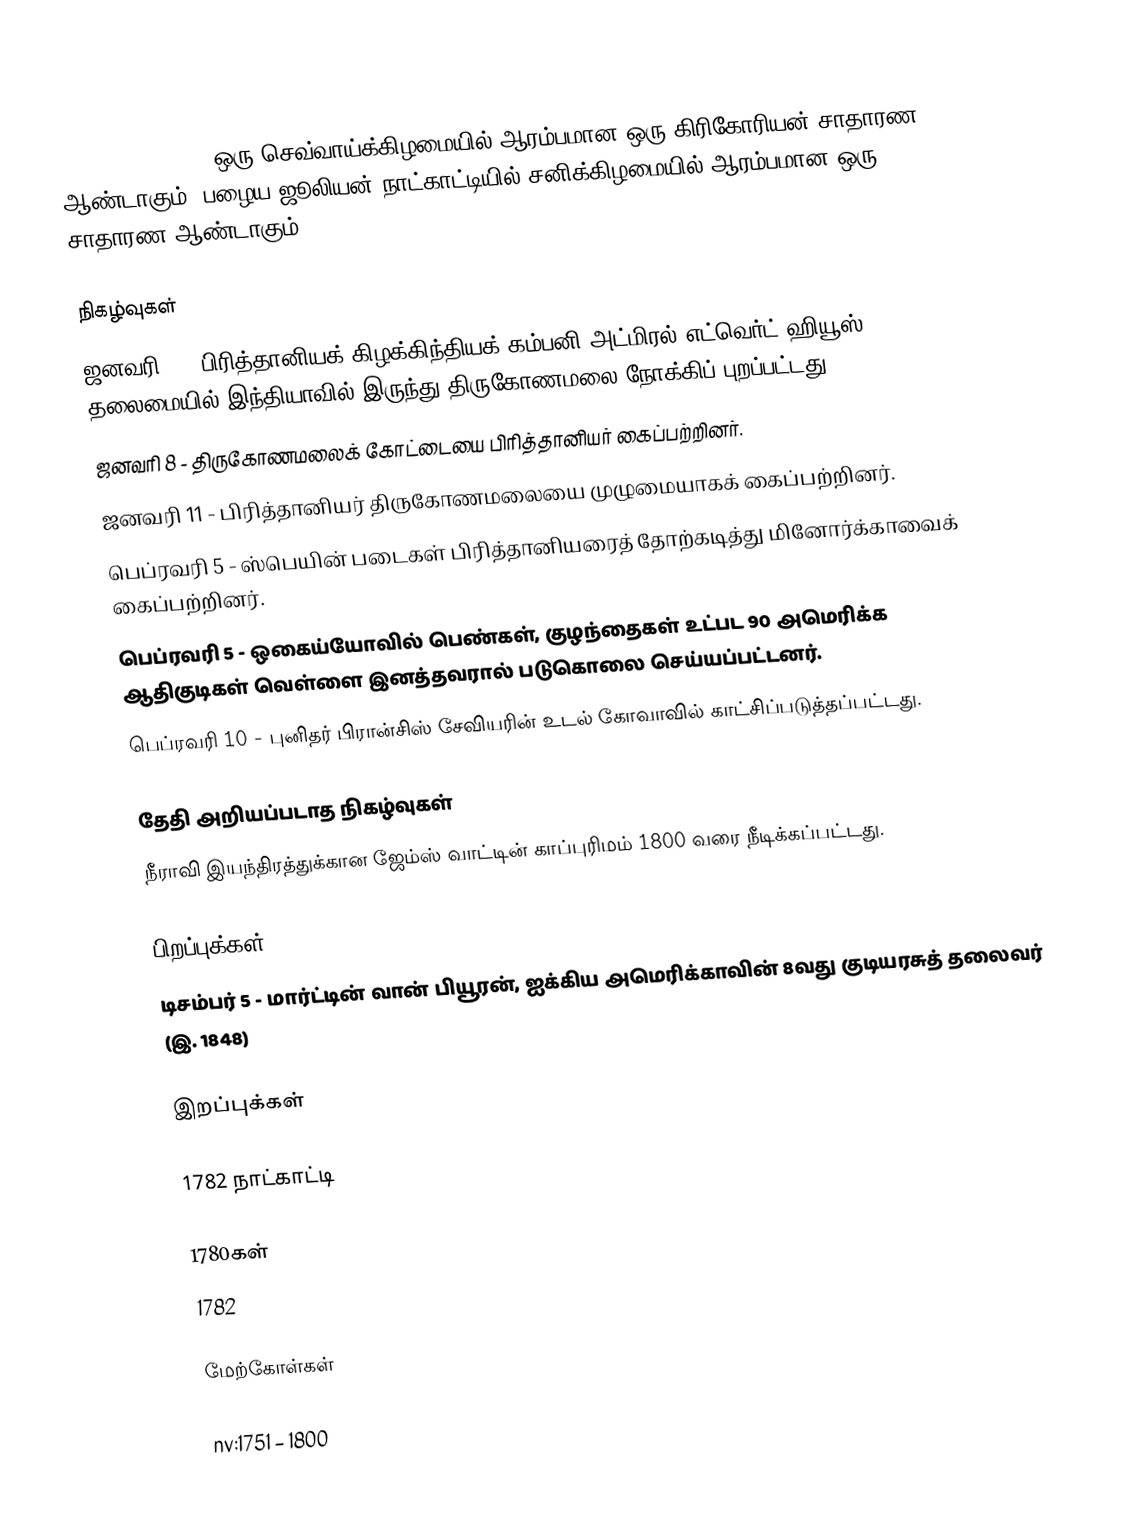
1782  (MDCCLXXXII) ஒரு செவ்வாய்க்கிழமையில் ஆரம்பமான ஒரு கிரிகோரியன் சாதாரண ஆண்டாகும்.  பழைய ஜூலியன் நாட்காட்டியில் சனிக்கிழமையில் ஆரம்பமான ஒரு சாதாரண ஆண்டாகும்.

நிகழ்வுகள்
 ஜனவரி 2 - பிரித்தானியக் கிழக்கிந்தியக் கம்பனி அட்மிரல் எட்வெர்ட் ஹியூஸ் தலைமையில் இந்தியாவில் இருந்து திருகோணமலை நோக்கிப் புறப்பட்டது.
 ஜனவரி 8 - திருகோணமலைக் கோட்டையை பிரித்தானியர் கைப்பற்றினர்.
 ஜனவரி 11 - பிரித்தானியர் திருகோணமலையை முழுமையாகக் கைப்பற்றினர்.
 பெப்ரவரி 5 - ஸ்பெயின் படைகள் பிரித்தானியரைத் தோற்கடித்து மினோர்க்காவைக் கைப்பற்றினர்.
 பெப்ரவரி 5 - ஒகைய்யோவில் பெண்கள், குழந்தைகள் உட்பட 90 அமெரிக்க ஆதிகுடிகள் வெள்ளை இனத்தவரால் படுகொலை செய்யப்பட்டனர்.
 பெப்ரவரி 10 - புனிதர் பிரான்சிஸ் சேவியரின் உடல் கோவாவில் காட்சிப்படுத்தப்பட்டது.

தேதி அறியப்படாத நிகழ்வுகள்
 நீராவி இயந்திரத்துக்கான ஜேம்ஸ் வாட்டின் காப்புரிமம் 1800 வரை நீடிக்கப்பட்டது.

பிறப்புக்கள்
 டிசம்பர் 5 - மார்ட்டின் வான் பியூரன், ஐக்கிய அமெரிக்காவின் 8வது குடியரசுத் தலைவர் (இ. 1848)

இறப்புக்கள்

1782 நாட்காட்டி

1780கள்
1782

மேற்கோள்கள்

nv:1751 – 1800